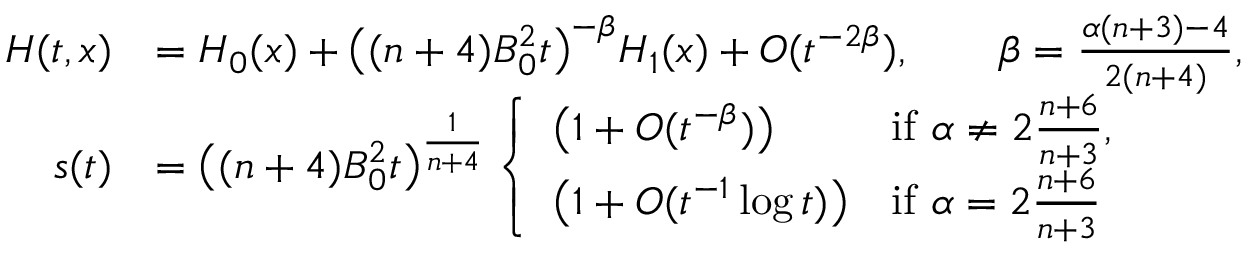
\begin{array} { r l } { H ( t , x ) } & { = H _ { 0 } ( x ) + \big ( ( n + 4 ) B _ { 0 } ^ { 2 } t \big ) ^ { - \beta } H _ { 1 } ( x ) + O ( t ^ { - 2 \beta } ) , \qquad \beta = \frac { \alpha ( n + 3 ) - 4 } { 2 ( n + 4 ) } , } \\ { s ( t ) } & { = \big ( ( n + 4 ) B _ { 0 } ^ { 2 } t \big ) ^ { \frac { 1 } { n + 4 } } \left\{ \begin{array} { l l } { \big ( 1 + O ( t ^ { - \beta } ) \big ) } & { \mathrm { i f ~ } \alpha \ne 2 \frac { n + 6 } { n + 3 } , } \\ { \big ( 1 + O ( t ^ { - 1 } \log t ) \big ) } & { \mathrm { i f ~ } \alpha = 2 \frac { n + 6 } { n + 3 } } \end{array} \right. } \end{array}